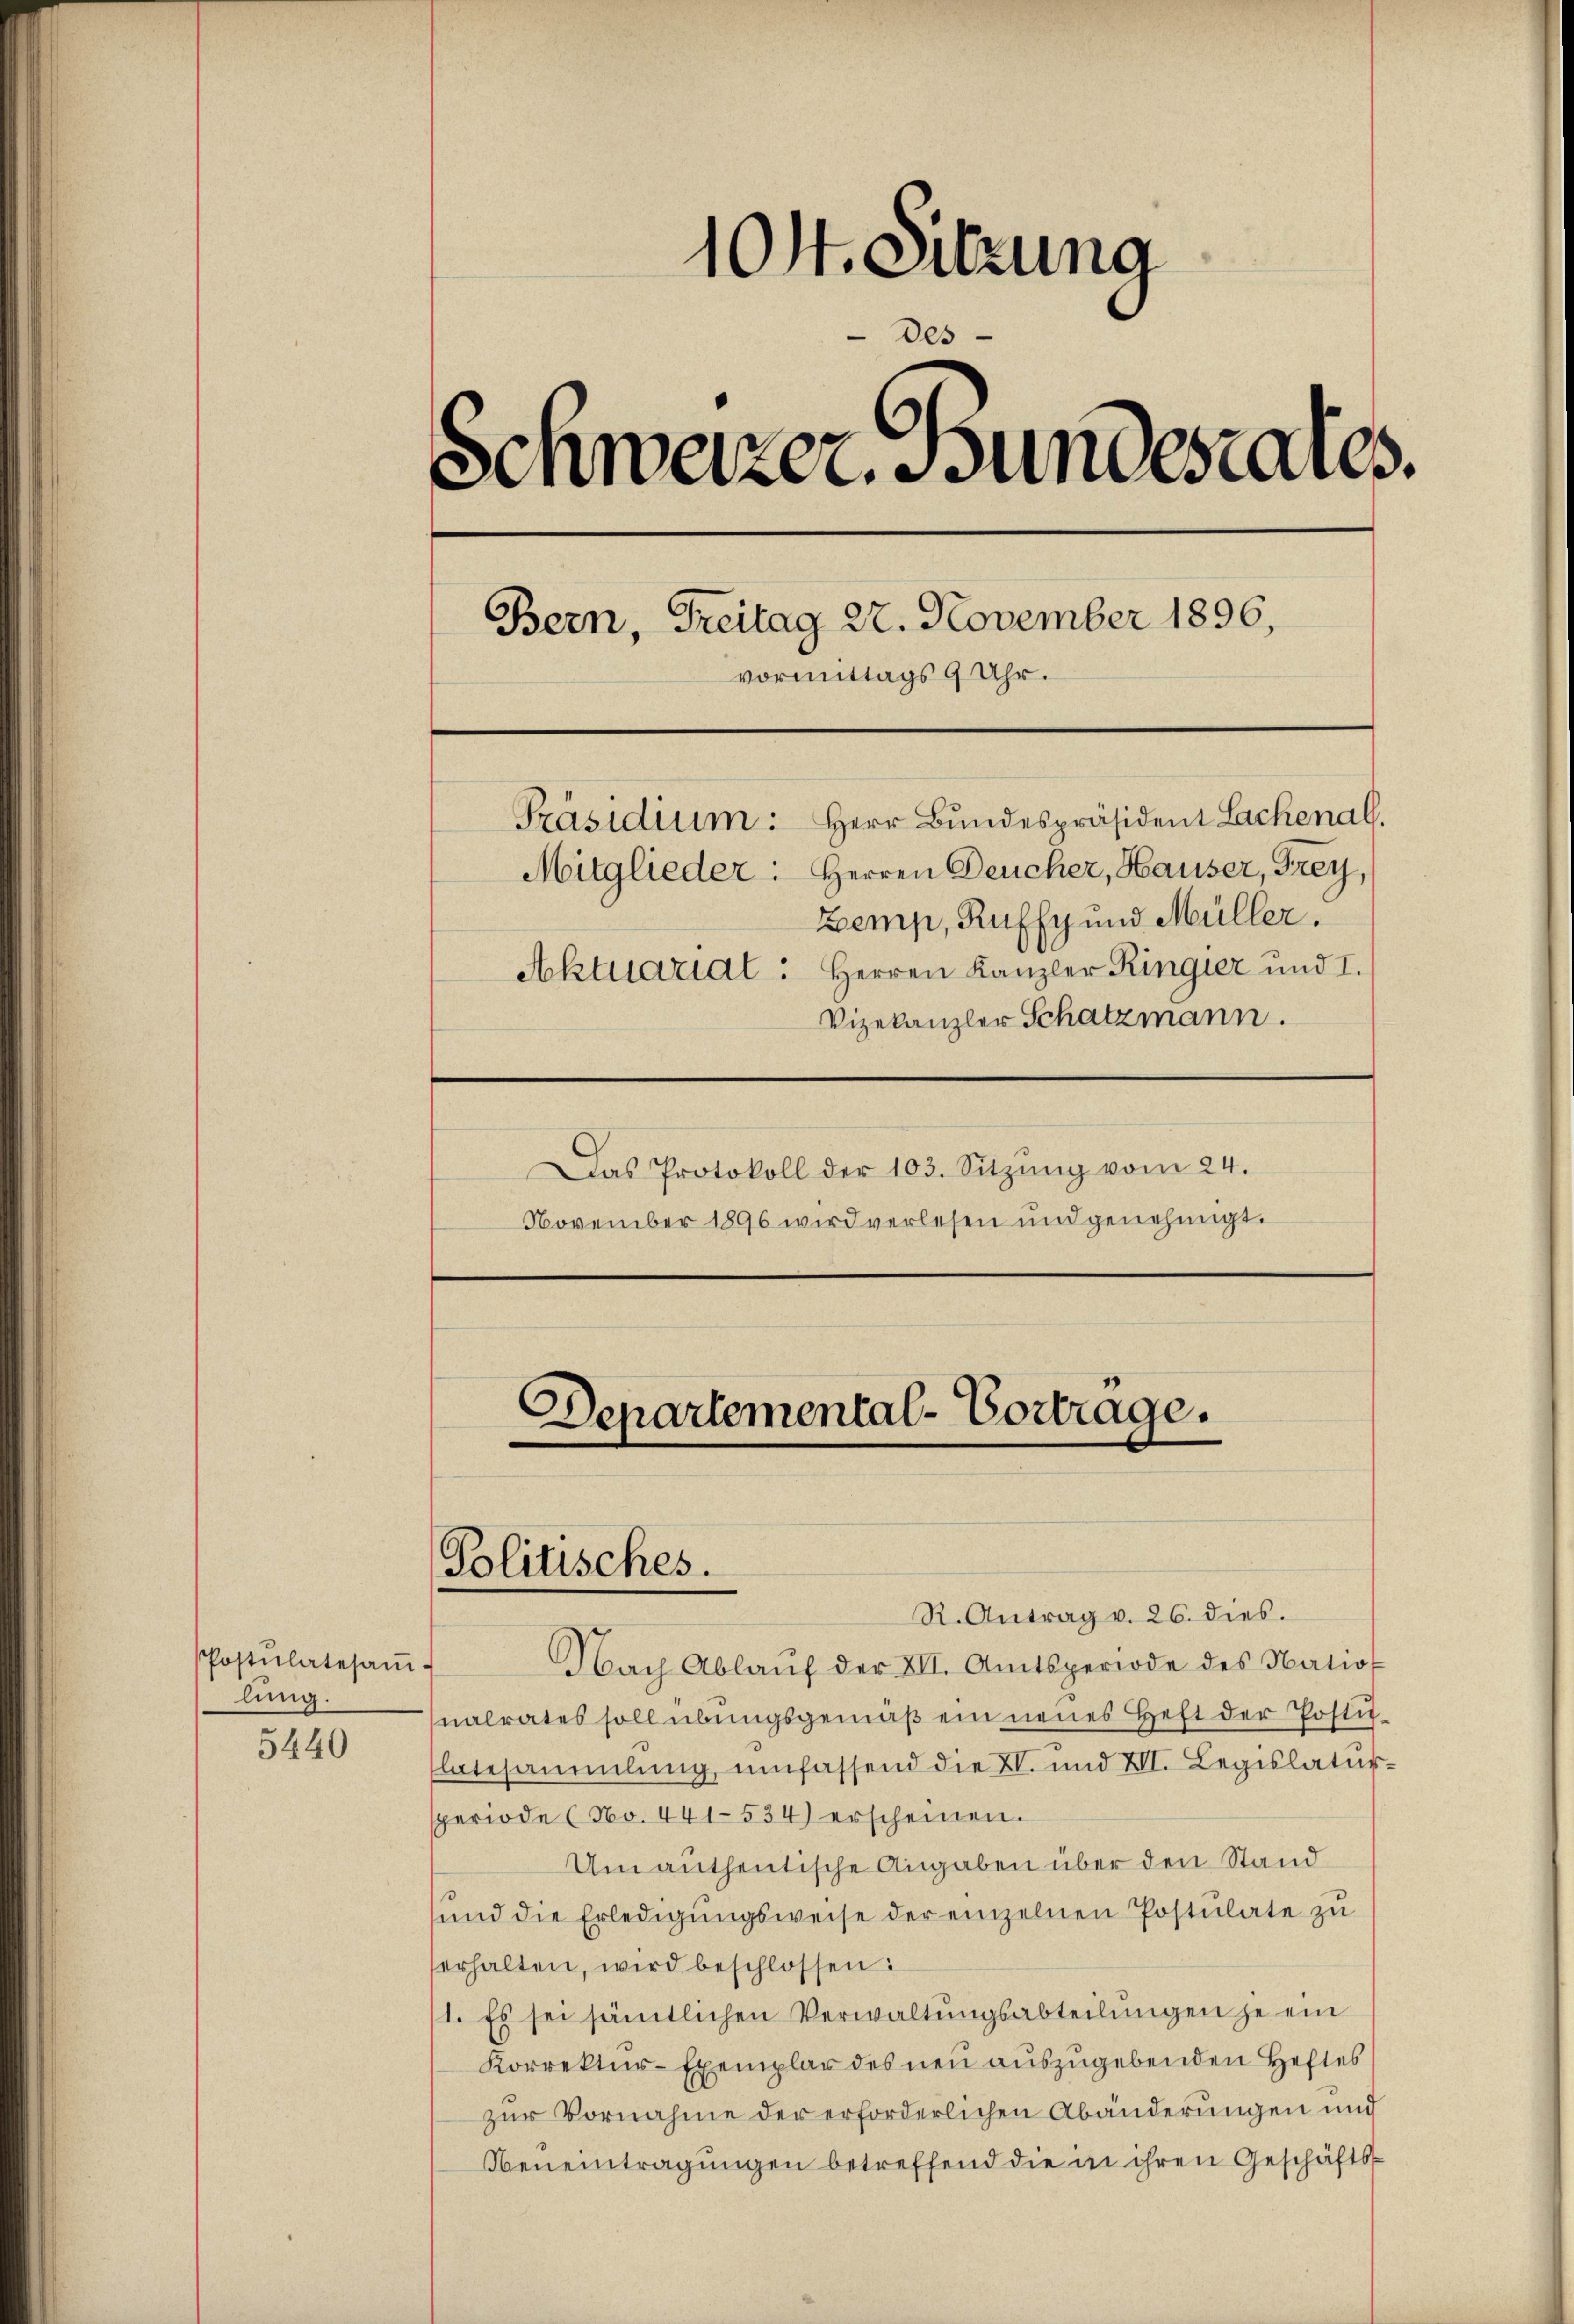
104. Sitzung
des
Schweizer. Bundesrates.
Bern, Freitag 22. November 1896,
vormittags 9 Uhr.
Präsidium: Herr Bundespräsident Lachenal
Mitglieder. Herren Deucher, Hauser, Frey
Zemp, Kuffy und Müller.
Aktuariat: Herren Kanzler Ringier und I.
Vizekanzler Schatzmann.
Das Protokoll der 103. Sitzŭng vom 24.
November 1896 wird verlesen und genehmigt.

Postulatesaṁ-
lung.

5440

Nach Ablaŭf der XII. Amtsperiode des Nation
nalrates soll übungsgemäß ein neues Heft der Postit
latesammlung umfassend die XI. und XII. Legislatur-
speriode (No. 441-534) erscheinen.
Um antheitische Angaben über den Stand
sund die Erledigŭngsweise der einzelnen Postulate zu
erhalten, wird beschlossen:
1. Es sei sämtlichen Verwaltŭngsabteilŭngen je ein
Korrektur-Exemplar des neu auszugebenden Heftes
zur Vornahme der erforderlichen Abänderungen und
Neneintragungen betreffend die in ihren Geschäfts¬

Departemental-Vortrage.
Politisches.
R. Antrag v. 26. dies.